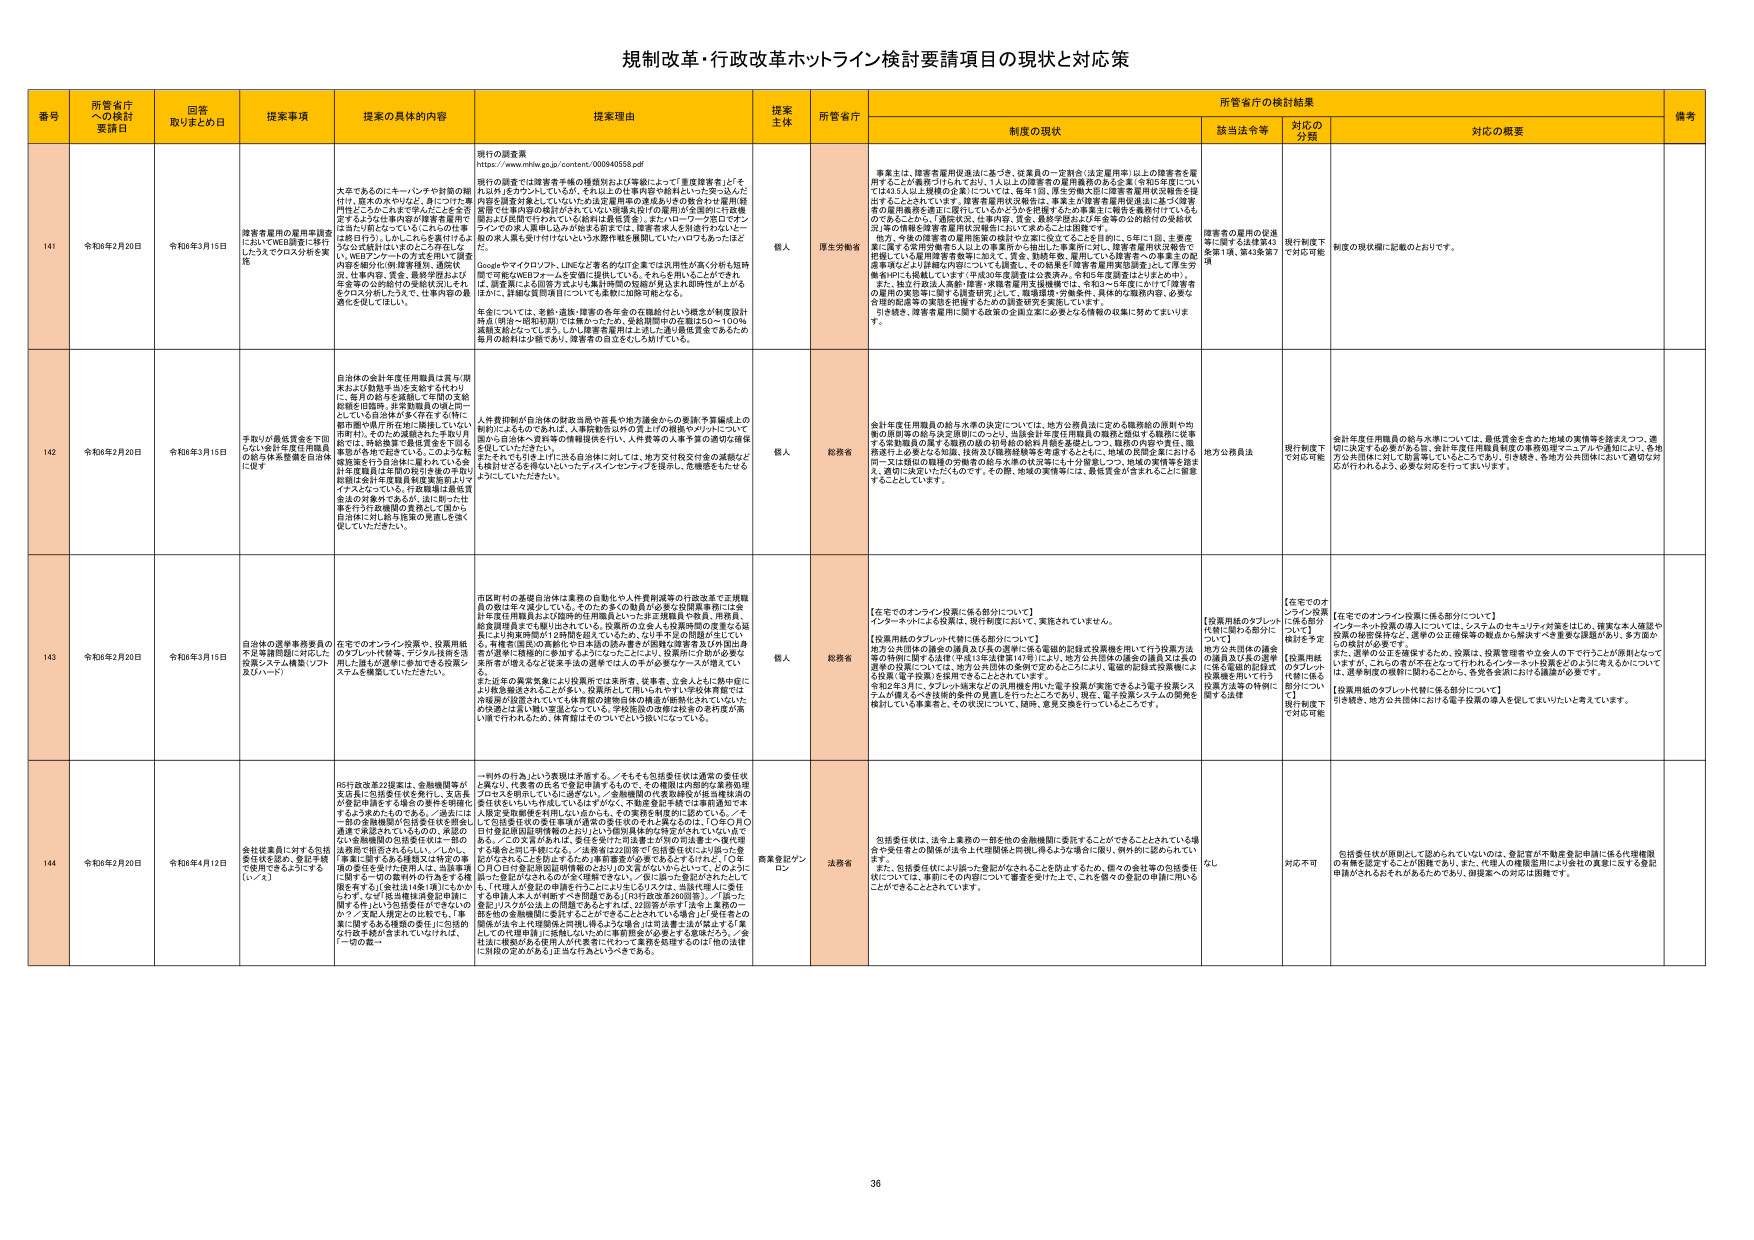
規制改革・行政改革ホットライン検討要請項目の現状と対応策

番号 所管省庁への検討要請日 回答取りまとめ日 提案事項 提案の具体的内容 提案理由 提案主体 所管省庁 制度の現状 所管省庁の検討結果 備考
該当法令等 対応の分類 対応の概要

141 令和6年2月20日 令和6年3月15日 障害者雇用の雇用率調整においてWEB調査に移行したうえでハロウスの利活用を実施 大手であるのに一ハロウスや計画の給付は、歴史のあやかなと、身についた専門性どころかこれまで学んだことを否定するような不審な扱いが障害者雇用では当たり前となっている。これらの仕事は毎日行う。しかしこれらを裏付けるような文書はほとんど存在しない。WEBアンケートの利活用して調査内容を細分化し（障害者種別、通勤状況、仕事内容、賞金、最終学歴および年を等の分野別での集計を示し）それを行うシステム化したうえで、仕事内容の最適化を図ってほしい。 現行の調査票 https://www.mhlw.go.jp/content/000840558.pdf 現行の調査では障害者手帳の種類別および年齢によって「重度障害者」と「それ以外」をカウントしているが、それ以上の仕事内容や給料について突っ込んだ内容を調査対象としていないため法定雇用率の達成ありきの数合わせ雇用経営管理では事前調査の検討がされていない現状を抜けだす雇用の全面的・円滑機動および民間で行われている給料は最低賃金、またハローワーク等でローテーションでの求人展開も込みの報告を踏まえては、障害者求人を円滑行われない。そのため求人票を受けて付けないという大都市域を展開していったいどうあつたに応じた。 Googleやマイクロソフト、LINEなど著名のIT企業では汎用性が高く分析も短時間で可能なWEBフォームを安価に提供している。それらを用いることができれば、調査票による回答方法よりも集計時間の短縮が見込まれ、即時性が上がるほかに、詳細な質問項目についても多数に加筆可能となる。 年金については、老齢・遺族・障害の各年金の在職給付という概念が制度設計時点（明治～昭和初期）では無かったため、受給期間中の在職は50～100％減額支給となっている。しかし障害年金時は上限した通し障害年金であるため毎月の給料は少額であり、障害者の自立をむしろ阻げている。 個人 厚生労働省 事業主は、障害者雇用派遣法に基づき、従業員の一定割合（法定雇用率）以上の障害者を雇用することが義務づけられており、1人以上の障害者の雇用義務のある企業（令和5年度については43人以上は規模の企業）については、毎年1回、厚生労働大臣に障害者雇用状況報告を提出することとされています。障害者雇用状況報告は、事業主が障害者雇用現状に基づく障害者の雇用義務を適正に履行しているかどうかを把握するため事業主に報告を義務付けているものである。しかし、「障害状況、仕事内容、賃金、最終学歴および年金等の公的給付の受給状況」等の情報は障害者雇用状況報告において求めることは困難です。 他方、今後の障害者の雇用施策の設計に立脚に役立つことを目的に、5年に1回、主要産業に関する常用労働者5人以上の事業所から抽出した事業所に対し、障害者雇用状況報告を把握している雇用障害者数等に加えて、賃金、勤続年数、雇用している障害者への事業主の保護事項などより詳細な内容についても調査し、その結果を「障害者雇用実態調査」として厚生労働省HPにも掲載しています（平成30年度調査は公表済み、令和5年度調査はとりまとめ中）。 また、独り行政法人医療・障害・就労支援用支援機構では、令和3～5年度にかけて「障害者の雇用の実態等に関する調査研究」として、職場環境・労働条件、具体的な職務内容、必要な合理的配慮等の実態を把握するための調査研究を実施しています。 引き続き、障害者雇用に関する施策の企画立案に必要な各種情報の収集に努めてまいります。 障害者の雇用の促進等に関する法律第41条第1項、第4条第7項 現行制度下で対応可能 制度の現状欄に記載のとおりです。

142 令和6年2月20日 令和6年3月15日 手取りが最低賃金を下回らない県が年度任用職員の給与額を基準を自由採用にせず 自治体の会計年度任用職員は賞与・期末および勤勉手当を支給する仕組みに、毎月の給与を減額して年間の支給総額を同額時、非常勤職員の違いに一応している自治体が多く存在する。特に雇用環境の県庁所在地に隣接していない市町村、そのため通勤され不手数な月給では、時給換算で最低賃金を下回る事案が各地で起きている。このような転換施策を行う自治体に限られている。なぜかは従業員と年間の給与を後の手取り総額は会計年度職員制度実施前よりマイナスとなっている。行政職等は最低賃金法の対象外であるが、法に則った仕事を行う行政職員の賃金として国から自治体に対し給与体系の見直しを強く促していただきたい。 人事費抑制が自治体の財政当局や意見や地方議会からの要請・予算編成上の制約によるものであるが、人事費抑制以外の見直しの視線やメリットについて国から自治体へ資料等の情報提供を行い、人事費等の人事予算の適切な確保を促していただきたい。 また、そもそも手取りは月給の給料に対して、地方交付税交付金の減額なども検討せざるを得ないといったディスインセンティブを提示し、危機感をもたらすようにしていただきたい。 個人 総務省 会計年度任用職員の給与水準の決定については、地方公務員法に定める職務給の原則や労働の量即等の給与決定原則にのっとり、当該会計年度任用職員の職務と関連する職務に従事する全勤職員の賃与と職務の量の相対的な給与月額を基礎として、職務の内容や責任、職務遂行上の要となる知識、技術及び職業経験等を考慮するとともに、地域の民間企業における同一又は類似の職務の労働者の給与水準の状況等にも十分留意しつつ、地域の実情等を踏まえ、適切に決定いただくものです。その際、地域の実情等には、最低賃金が含まれることに留意することとしています。 地方公務員法 現行制度下で対応可能 会計年度任用職員の給与水準については、最低賃金を含めた地域の実情等を踏まえつつ、適切に決定する必要がある旨、会計年度任用職員制度の事務処理マニュアルや通知により、各地方公共団体に対して周知願っているところであり、引き続き、各地方公共団体において適切な対応が行われるよう、必要な対応を行ってまいります。

143 令和6年2月20日 令和6年3月15日 自治体の選挙事務委員の不正等諸問題に対応した役職システム構築（ソフト及びハード） 在宅でのオンライン投票や、投票用紙のタブレット端末、デジタル技術を活用した誰もが選挙に参加できる設備システムを構築していただきたい。 市区町村の基礎自治体は業務の自動化や人事費削減等の行政改革で正規職員の数は年々減少している。そのため多くの職員が必要な投票事務には会計年度任用職員および臨時任用職員といった非正規職員や要員、事務員、総務課職員までも割り込まれている。投票所の立会人は各選挙期間の選挙の5回前には、市町村の選挙管理委員会に登録されているが、5日半不足の問題が生じている。事務室・国連の実務化や日本語の読み書きが困難な障害者及び外国出身者が選挙に積極的に参加するようになっているが、投票所に十分な対応策を事務者が得るなど従来ある必要性は人命やが必要なケースが増えてい る。 また近年の豪雪気象により投票所では来所者、従事者、立会人ともに精神・躯体的負担を強されることが多い。投票所として用いられており学区体育館では、冷暖房が設置されていても体育館の体育全体の構造が断熱化されていないため快適とは言い難い環境となっている。学校施設の改修は校舎の老朽度が高いため行われるため、体育館はそのついてという扱いになっている。 個人 総務省 【在宅でのオンライン投票に係る部分について】 インターネットによる投票は、現行制度において、実施されていません。 【投票用紙のタブレット端末に係る部分について】 地方公共団体の議会の議員及び長の選挙に係る電磁的記録式投票機を用いて行う投票方法等の特例に関する法律（平成13年法律第14号）により、地方公共団体の議会の議員又は長の選挙の投票については、地方公共団体の条例で定めるところにより、電磁的記録式投票機による投票（電子投票）を採用できることとされています。 令和2年3月に、タブレット端末などの汎用機を用いた電子投票が実施できるよう電子投票システムが導入るべき技術的条件の整備もを行ったところであり、現在、電子投票システムの開発を検討している事業者と、その状況について、随時、意見交換を行っているところです。 【投票用紙のタブレット端末に係る部分について】 地方公共団体の議会の議員及び長の選挙に係る電磁的記録式投票機を用いて行う投票方法等の特例に関する法律 【在宅でのオンライン投票に係る部分について】 インターネット投票の導入については、システムのセキュリティ対策をはじめ、確実な本人確認や投票の秘密保持など、通常の公正選挙等の観点から解決すべき重要な課題があり、多方面からの検討が必要です。 また、選挙の公正を確保するため、投票は、投票管理者や立会人の下で行うことが原則となって いますが、これらの者が不在となって行われるインターネット投票などのように考えられていることについて は、選挙制度の緩和に図られることから、各発各業界における議論が必要です。 【投票用紙のタブレット端末に係る部分について】 引き続き、地方公共団体における電子投票の導入を促してまいりたいと考えています。 現行制度下で対応可能

144 令和6年2月20日 令和6年4月12日 会社従業員に対する包括委任状を認め、登記手続で使用できるようにする（いっス） R5行政改革22提案は、金融機関等が支払者に包括委任状を発行し、支払者が登記申請をする場合の委託を明確化するよう求めたものである。／過去には一部の金融機関が包括委任状を発表し通常で承認されているものの、最近のない金融機関の包括委任状は一部の法務局で拒否されるらしい。／しかし、「事業に要する各種書又は特定の事項の委任を受けて使用人は、当該事項に関する一切の義務履行の行為をする権限を有する」（会社法14条1項）にもかかわらず、「なぜ」各金融機関登記申請に限られず、いっスの包括委任状で使えないのか？／支配人確認との比較でも、「事業に関するある種類の委任に包括的付託を現実に含まれている」のは、 「一切の業」 一時的な行為という表現は矛盾する。／そもそも包括委任状は通常の委任状と異なり、代表者の氏名で登記申請するもので、その権限は内部的な業務処理プロセスを明示しているに過ぎない。／金融機関の代表取締役が各業務処理の委任状をいちいち作成しているはずがなく、不動産登記手続では事前通知で本人鑑定実施機関を利用しないかからも、その業務を軽減的に認めている。／そして包括委任状の委任事項が通常の委任状のそれと異なるのは、「〇年の内の日付登記原因証明書のとおり」という個別具体的な特筆がされている点である。／この文言があれば、委任状が打ち出書きが可能の申請を一筆で認められるようにする。／法律家は22回調べて包括委任状にふさわった書式があることを防止するため事務審査が必要であるとされている。「〇年の月〇日の日付登記原因証明書のとおり」の文言がないからといって、どのように書かれるかが不明なため登記機関でない。／仮に届いた登記がされたとしても、「代理人が登記の申請を行うことに対し及び力なく、当該代理人に委任する申請人本人が申請すべき問題である」（R3行政改革28回回答）。／「届けた書面」は「力なく」以上の問題であるとするは、大臣登記をすすむ上主要の一節を他の金融機関に委託することができるところされている場合」に「委任者の関係が法人または代理店と同様」であるような場合は「申請書または申告をする」集としての代理申請」に抵触しないかと事務審査が必要とする事実だろう。／「委任状」機能が各使用者人が代表者に代わって業務を処理するのば「他の法律に別段の定めがある」正当な行為というべきである。 商業登記/オンライン 法務省 包括委任状は、法令上業務の一部を他の金融機関に委託することができるこ ととされている場合や委任者の関係が法人を代理関係と同視し得るような場合に限り、例外的に認められてい ます。 包括委任状にふさわった登記がされることが防止されるため、個々の会社等の包括委任状については、事前にその内容について審査を受けた上で、これを個々の登記の申請に用いることができるとしています。 なし 対応不可 包括委任状が原則として認められていないのは、登記官が不動産登記申請に係る代理権限の有無を認定することが困難であり、また、代理人の権限濫用により会社の真意に反する登記申請がされるおそれがあるためであり、現実案への対応は困難です。

36